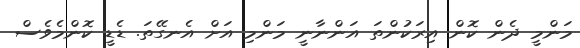
މަންމީ ދެން ކޮން އިރަކުންތަ އަންނާނީ މަންމި އަށް އެނގޭތަ. ޑެޑީ ކޮންމެވެސް